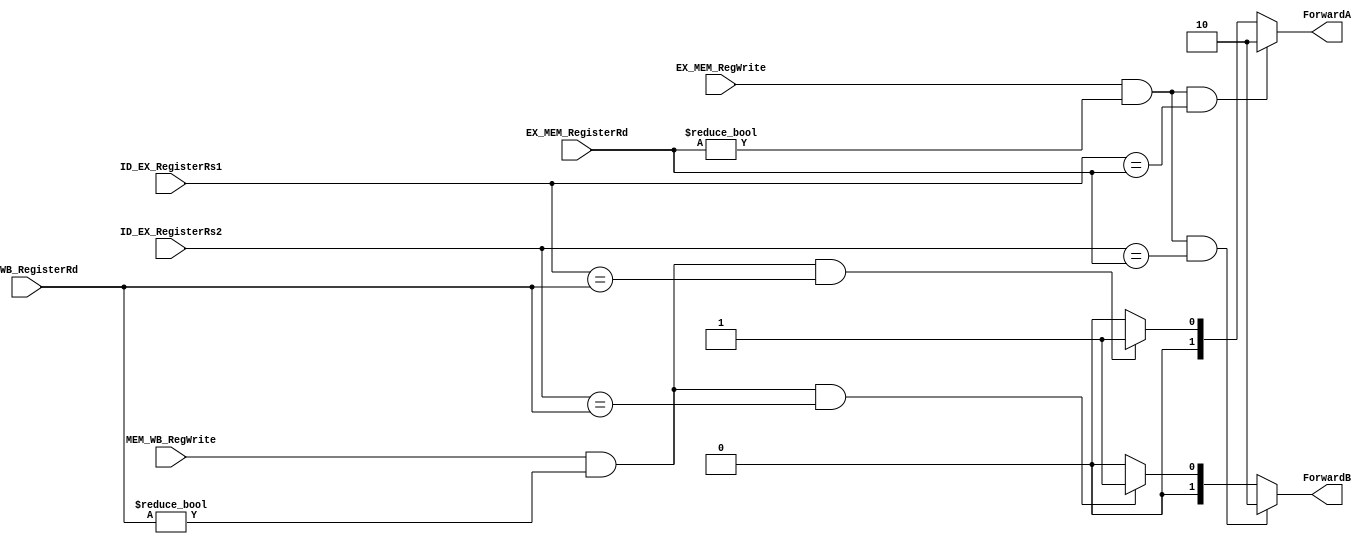
`timescale 1ns / 1ps
//////////////////////////////////////////////////////////////////////////////////
// Company: 
// Engineer: 
// 
// Design Name: 
// Module Name: Forwarding_unit
// Project Name: 
// Target Devices: 
// Tool Versions: 
// Description: 
// 
// Dependencies: 
// 
// Revision:
// Revision 0.01 - File Created
// Additional Comments:
// 
//////////////////////////////////////////////////////////////////////////////////


//module Forwarding_unit(
//    input [4:0] ID_EX_RegisterRs1,
//    input [4:0] ID_EX_RegisterRs2,
//    input [4:0] EX_MEM_RegisterRd,
//    input [4:0] MEM_WB_RegisterRd,
    
//    input EX_MEM_RegWrite,
//    input MEM_WB_RegWrite,
    
//    output reg [1:0] ForwardA,
//    output reg [1:0] ForwardB
//    );
    
//    always @(EX_MEM_RegWrite or EX_MEM_RegisterRd or ID_EX_RegisterRs1 or ID_EX_RegisterRs2 or
//             MEM_WB_RegWrite or MEM_WB_RegisterRd) begin
//        // Initialize ForwardA and ForwardB to zero
//        ForwardA <= 2'b00;
//        ForwardB <= 2'b00;
    
//        // Forwarding logic for ForwardA
//        if (EX_MEM_RegWrite && (EX_MEM_RegisterRd != 0) && (EX_MEM_RegisterRd == ID_EX_RegisterRs1)) begin
//            ForwardA = 2'b10;
//        end else if (MEM_WB_RegWrite && (MEM_WB_RegisterRd != 0) && 
//                     !(EX_MEM_RegWrite && (EX_MEM_RegisterRd != 0) && (EX_MEM_RegisterRd == ID_EX_RegisterRs1)) && 
//                     (MEM_WB_RegisterRd == ID_EX_RegisterRs1)) begin
//            ForwardA <= 2'b01;
//        end
    
//        // Forwarding logic for ForwardB
//        if (EX_MEM_RegWrite && (EX_MEM_RegisterRd != 0) && (EX_MEM_RegisterRd == ID_EX_RegisterRs2)) begin
//            ForwardB <= 2'b10;
//        end else if (MEM_WB_RegWrite && (MEM_WB_RegisterRd != 0) && 
//                     !(EX_MEM_RegWrite && (EX_MEM_RegisterRd != 0) && (EX_MEM_RegisterRd == ID_EX_RegisterRs2)) && 
//                     (MEM_WB_RegisterRd == ID_EX_RegisterRs2)) begin
//            ForwardB <= 2'b01;
//        end
//    end

//endmodule

module Forwarding_unit(
        input [4:0] ID_EX_RegisterRs1,
        input [4:0] ID_EX_RegisterRs2,
        input [4:0] EX_MEM_RegisterRd,
        input [4:0] MEM_WB_RegisterRd,
        input EX_MEM_RegWrite,
        input MEM_WB_RegWrite,
        output reg [1:0] ForwardA,
        output reg [1:0] ForwardB
    );
    
    always @(*) begin
        if((EX_MEM_RegWrite == 1'b1) && ( EX_MEM_RegisterRd != 0) && (ID_EX_RegisterRs1 == EX_MEM_RegisterRd))
            ForwardA = 2'b10;
        else if ((MEM_WB_RegWrite == 1'b1) && ( MEM_WB_RegisterRd != 0) && (ID_EX_RegisterRs1 == MEM_WB_RegisterRd))
            ForwardA = 2'b01;
        else ForwardA = 2'b00;
        
        if((EX_MEM_RegWrite == 1'b1) && ( EX_MEM_RegisterRd != 0) && (ID_EX_RegisterRs2 == EX_MEM_RegisterRd))
            ForwardB = 2'b10;
        else if ((MEM_WB_RegWrite == 1'b1) && ( MEM_WB_RegisterRd != 0) && (ID_EX_RegisterRs2 == MEM_WB_RegisterRd))
            ForwardB = 2'b01;
        else ForwardB = 2'b00;
    
    end
  
endmodule